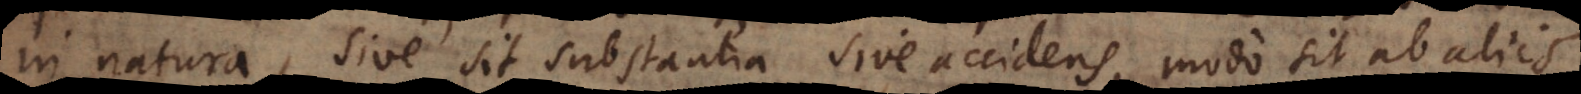
in natura, sive sit substantia sive accidens, modo sit ab aliis